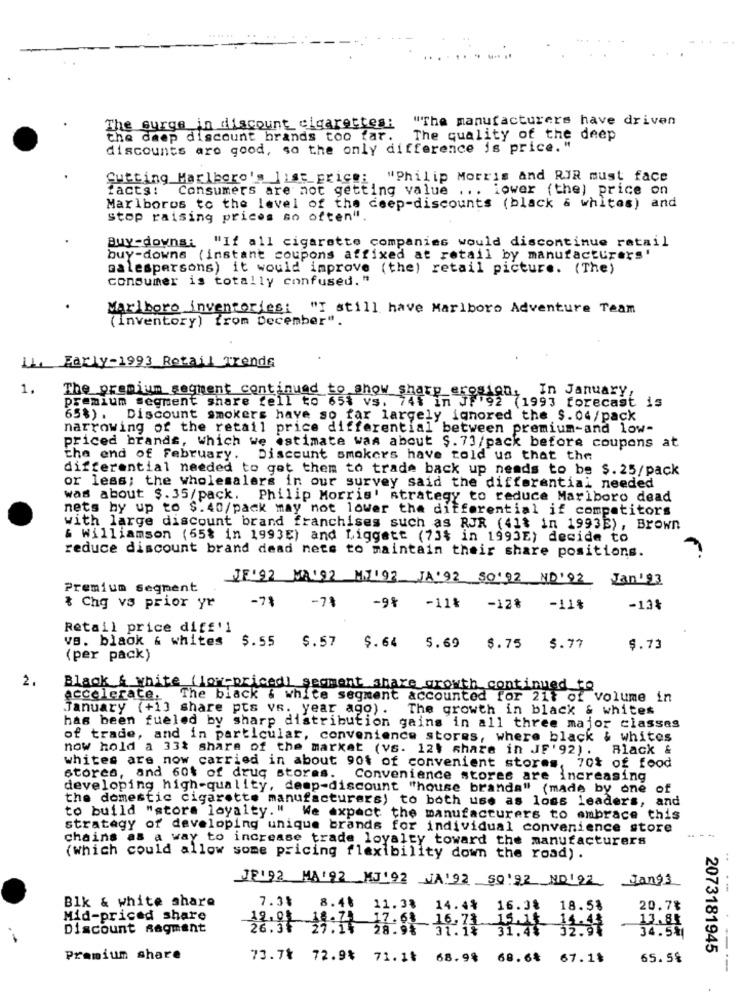
"The manufacturers have driven
The surge in discount cigarettes:
the deep discount brands too far.
The quality of the deep
discounts aro good, so the only difference is price. "
Cutting Marlboro's list price:
"Philip Morris and RJR must face
facts: Consumers are not getting value ... lower (the) price on
Marlboros to the level of the deep-discounts (black & whites) and
stop raising prices so often".
Buy-downs: "If all cigarette companies would discontinue retail
buy-downs (instant coupons affixed at retail by manufacturers '
salespersons) it would improve (the) retail picture. (The)
consumer is totally confused. "
Marlboro inventories:
"I still have Marlboro Adventure Team
(inventory) from December".
11. Early-1993 Retail Trends
1.
The premium segment continued to show sharp erosion,
premium segment share fell to 65% vs. 74% in JF'92 (1993 forecast is
In January,
65%) . Discount smokers have so far largely ignored the S. 04/pack
narrowing of the retail price differential between premium-and low-
priced brands, which we estimate was about $. 73/pack before coupons at
the end of February. Discount smokers have told us that the
differential needed to get them to trade back up needs to be $. 25/pack
or less; the wholesalers in our survey said the differential needed
was about $. 35/pack. Philip Morris' strategy to reduce Marlboro dead
nets by up to $.40/pack may not lower the differential if competitors
with large discount brand franchises such as RJR (41% in 1993E), Brown
& Williamson (55% in 1993E) and Liggatt (73% in 1993E) decide to
reduce discount brand dead nets to maintain their share positions.
'92 MAI 92 M1192 JA'92 50'92 ND'92 Jan'93
Premium Segment
& Chg vs prior yr
-71
-71
-9% -11% -12%
-11%
-13%
Retail price diff'1
vs. black & whites
5.55
$.57
$.64
5.69
$.75
5.77
$.73
(per pack)
2.
Black & white (low-priced) segment share growth continued to
accelerate.
The black & white segment accounted for 21t of volume in
January (+13 share pts vs. year ago) .
The growth in black & whites
has been fueled by sharp distribution gains in all three major classes
of trade, and in particular, convenience stores, where black & whites
now hold a 33% share of the market (vs. 124 share in JF' 92).
Black &
whites are now carried in about 90% of convenient stores, 70% of food
stores, and 60% of drug stores. Convenience stores are increasing
developing high-quality, deep-discount "house branda" (made by one of
the domestic cigarette manufacturers) to both use as loss leaders, and
to build "store loyalty." We expect the manufacturers to embrace this
strategy of developing unique brands for individual convenience store
- ..
chains as a way to increase trade loyalty toward the manufacturers
(which could allow some pricing flexibility down the road) .
JF192 MA'92 MJ192 JA192 50192 ND192 Jangs
Blk & white share
7.3%
8.41
11.38 14.4%
16.38
18.58
20.7₺
Mid-priced share
13.85
Discount sagment
28:31 15:7 17.68 16.71 15.11 11.44
31.1% 31.44 32.97
34.5%1
2073181945
Premium share
73.7% 72.9% 71.14 68.98 68.6% 67.11
65.5%
----